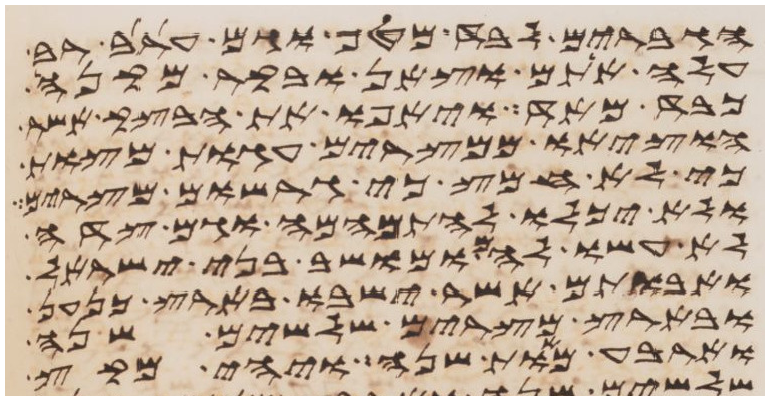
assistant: הגברים לבד מטף וגם ערב רב
עלה אתם וצאן ובקר מקנה
כבד מאד ויאפו את הבצק אשר
הוציאו ממצרים עגות מצות
כי לא חמץ כי גרשום מצרים
ולא יכלו להתמהמה וגם צדה
לא עשו להם ומושב בני ישראל
ואבותם אשר ישבו בארץ כנען
ובארץ מצרים שלשים שנה
וארבע מאות שנה ויהי מקץ